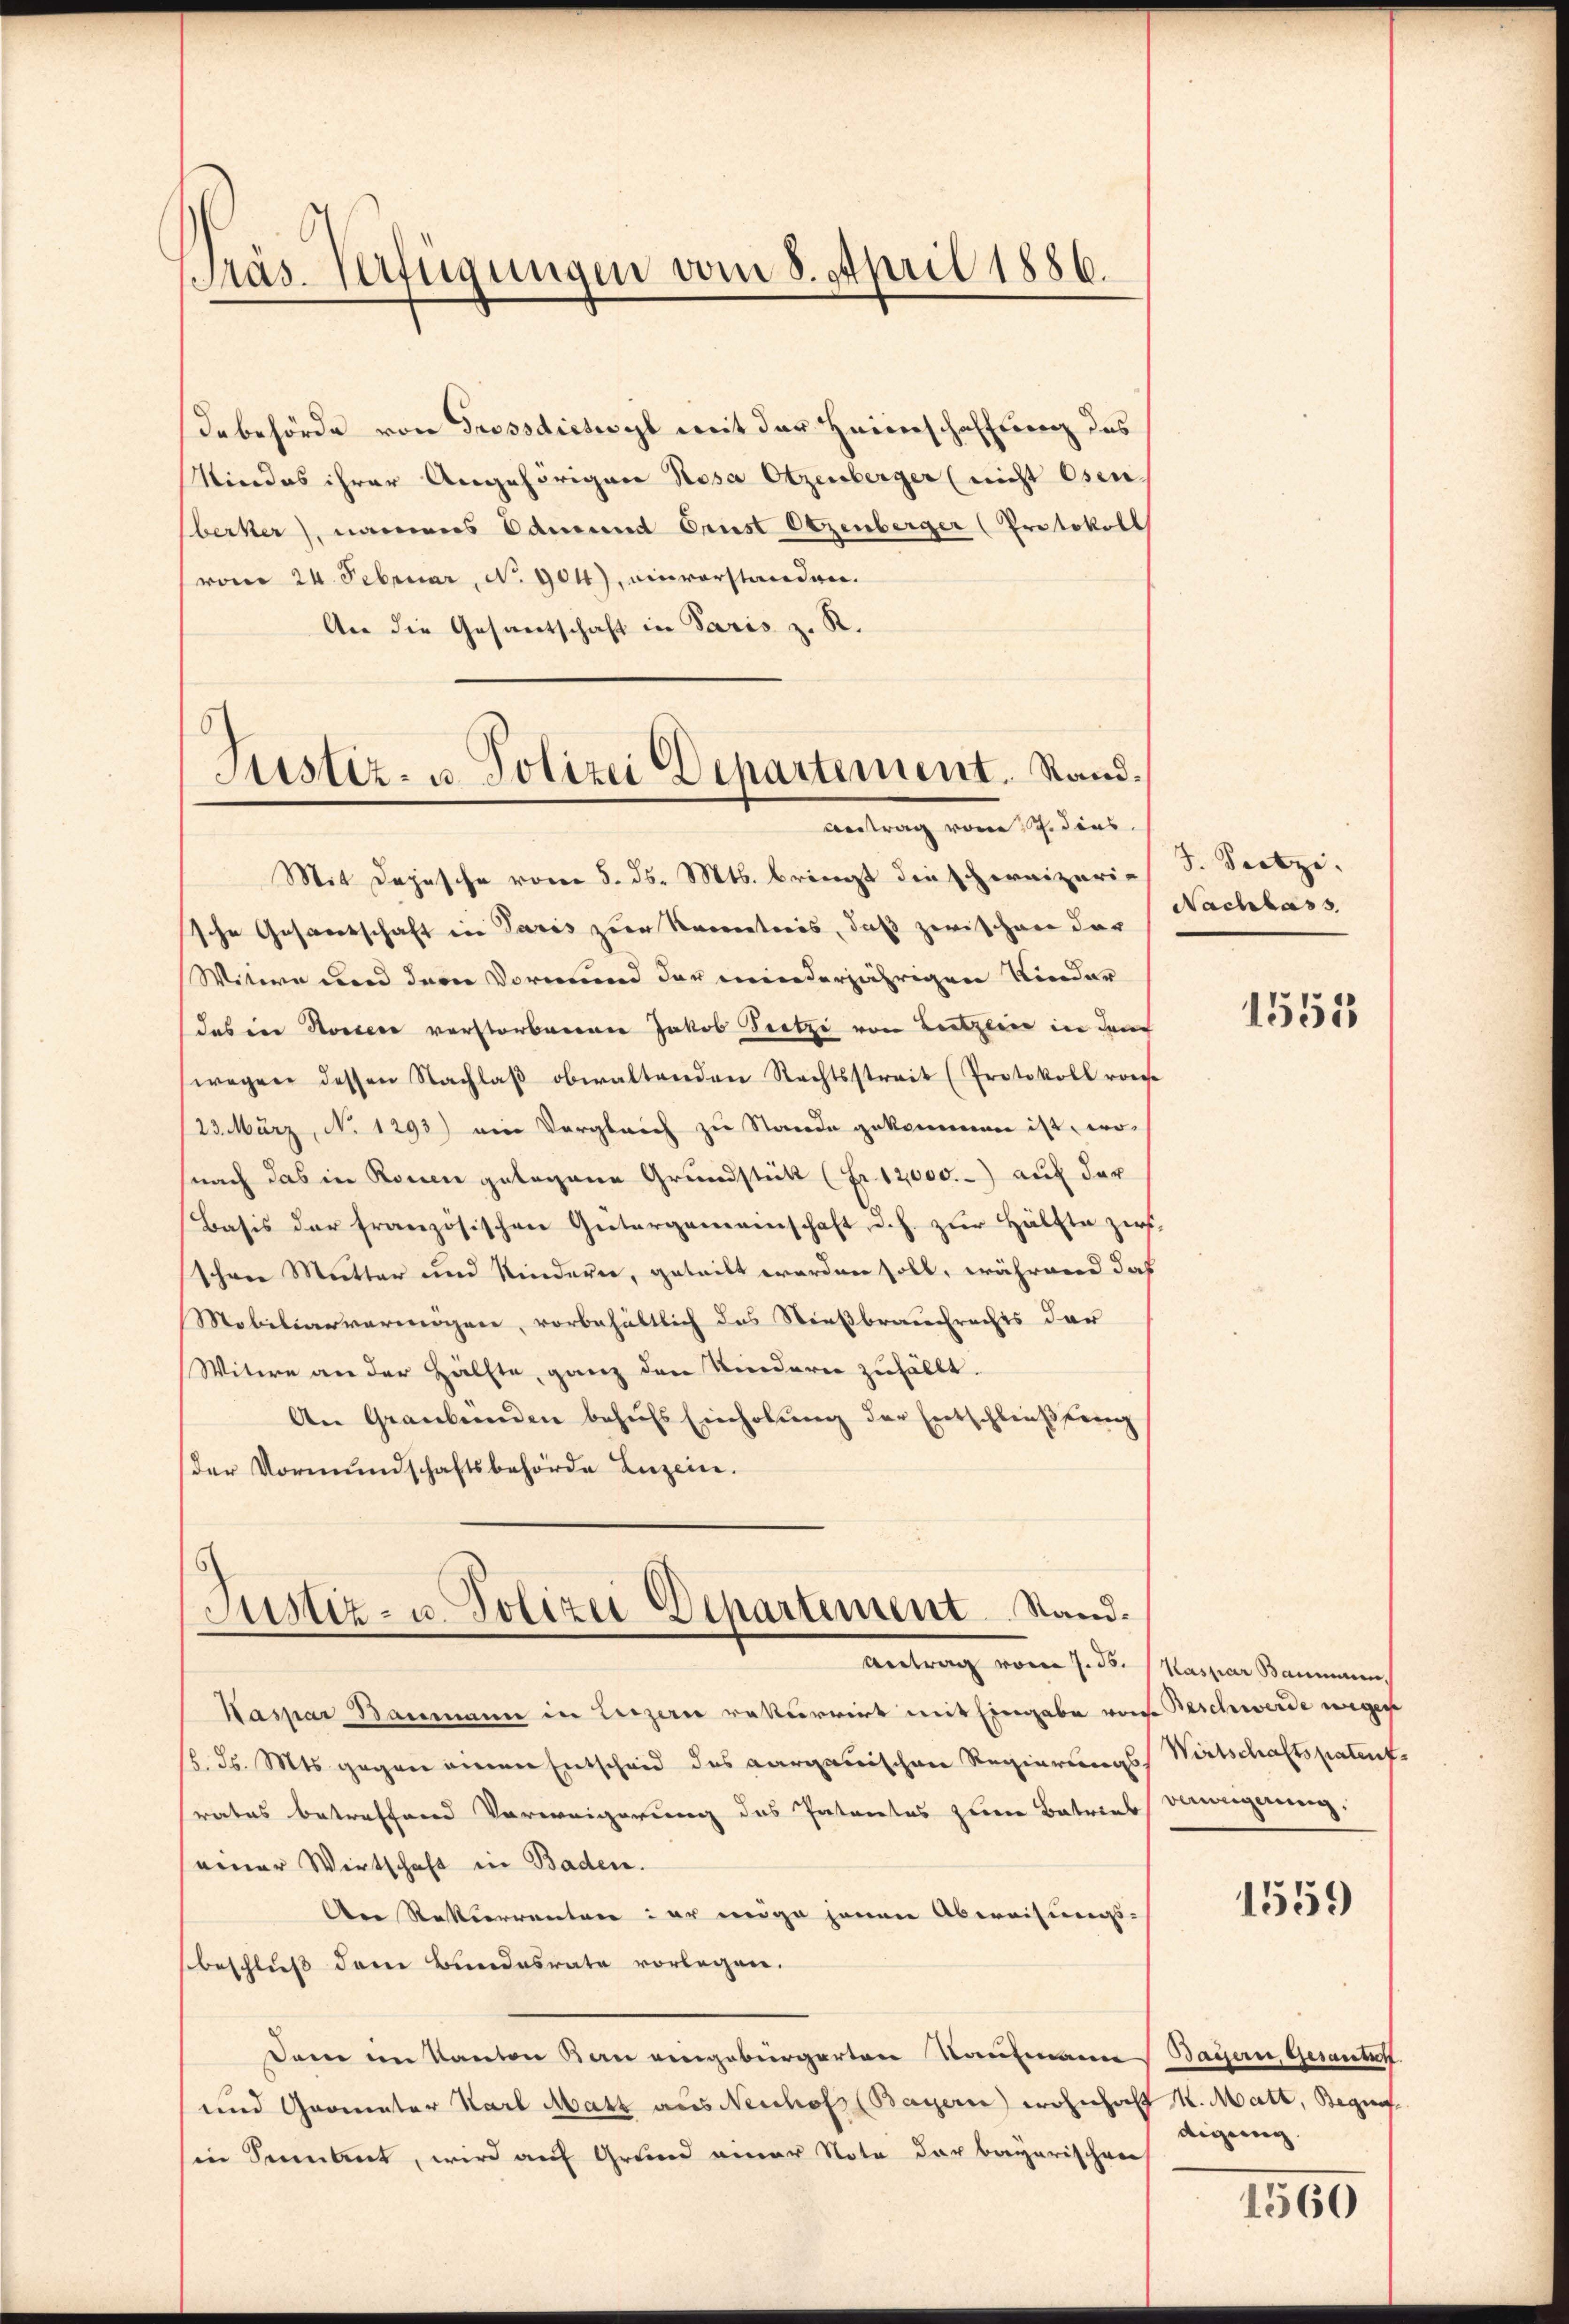
Präs. Verfügungen vom 8. April 1886.

debehörde von Grossdictwyl mit der Heimschaffung des
Kindes ihrer Angehörigen Rosa Otzenberger (nicht Osen.
berker, namens Edmund Orust Otzenberger (Protokoll
(vom 24. Februar, No. 904), einvorstanden.
An die Gesandschaft in Paris z. R.

Astiz- u. Polizei Departement. Rand.
Antrag vom 17. dies

Mit Depesche vom 5. ds. Mts. bringt die schreizeris S. Seitzi.
sche Gesandtschaft in Paris zur Recretaris, daß zwischen der
Witwe und der Vormund der minderjährigen Kinder
das in Konsere verstorberner Jakob Trotzi von Leitzeine in dem
wegen dessen Nachlaß obwaltenden Rechtsstreit (Protokoll ronce
(23. März, No 1293) ein Vergleich zu Stande gekommen ist, wosnach das in Rouen gelegene Grundstück (Fr. 12,000. auf der
Basis der französischen Gütergemeinschaft, d. h. zur Hälfte zirs-
schene Mutter und Kinderer, geteilt worden soll, während daß
Mobiliarvermögen, vorbehältlich das Stießbrauchrechts der
Witwe an der Hälfte, ganz den Kindern zufällt.
An Graubünden behufs Einholung der Entschließung
der Vormundschaftsbehörde Luzern.
Justiz- u. Polizei Departement Stand.
Antrag vom 7. ds. Kaspar Baumann,
Waspar Baumann in Luzern rekurrirt mit Eingabe von Beschwerde wegen
/. d. Mts. gegen einen Entscheid des aargauischen Regierungs-
rates betreffend Verweigerung des Patentes zum Betrieb Dingerung.
einer Wirtschaft in Baden.
An Rekurrenten der eige jenen Abweisungs-
sbeschluß dem Bundesrate vorlegen.
Dem im Kanton Kan eingebürgerten Kaufmann Baÿern Gesantit
und Grometer Karl Matt aus Nenhof (Bayern) wohnhaft K. Matt, Begin
in Sentent, wird auf Grund einer Note der bayerischen

Nachlass

1551

Wirtschaftspatent

1559

digung.

1560